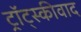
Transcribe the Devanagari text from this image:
ट्रॉट्स्कीवाद